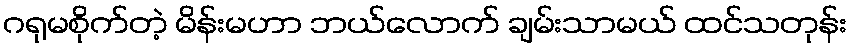
ဂရုမစိုက်တဲ့ မိန်းမဟာ ဘယ်လောက် ချမ်းသာမယ် ထင်သတုန်း